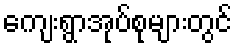
ကျေးရွာအုပ်စုများတွင်